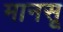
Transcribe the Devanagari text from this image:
मानसू